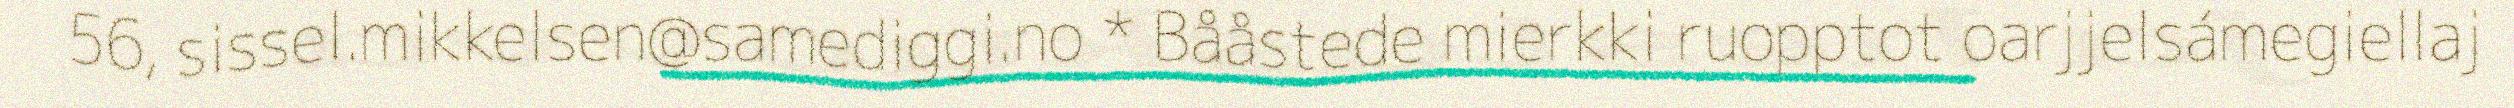
56, sissel.mikkelsen@samediggi.no * Bååstede mierkki ruopptot oarjjelsámegiellaj